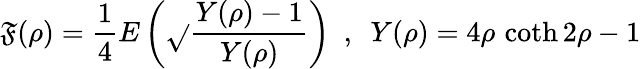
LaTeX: \mathfrak{F}(\rho)=\frac{{1}}{{4}}E\left(\sqrt{}{{\frac{{Y(\rho)-1}}{{Y(\rho)}}}}\right)~~,~~Y(\rho)=4\rho\, \coth2\rho-1